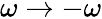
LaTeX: \omega\to-\omega